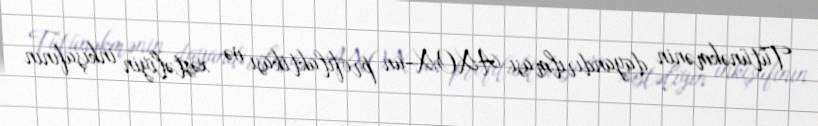
Tütünəkmənin dayandırılması AXOX-un profilaktikası və xəstəliyin inkişafının